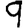
Digit: 9